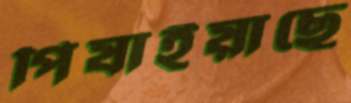
পিষাইয়াছে